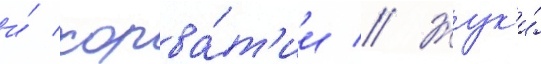
и́ хорва́т'ии // Жук'и́